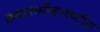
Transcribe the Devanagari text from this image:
कथासमीक्षादृष्टीस